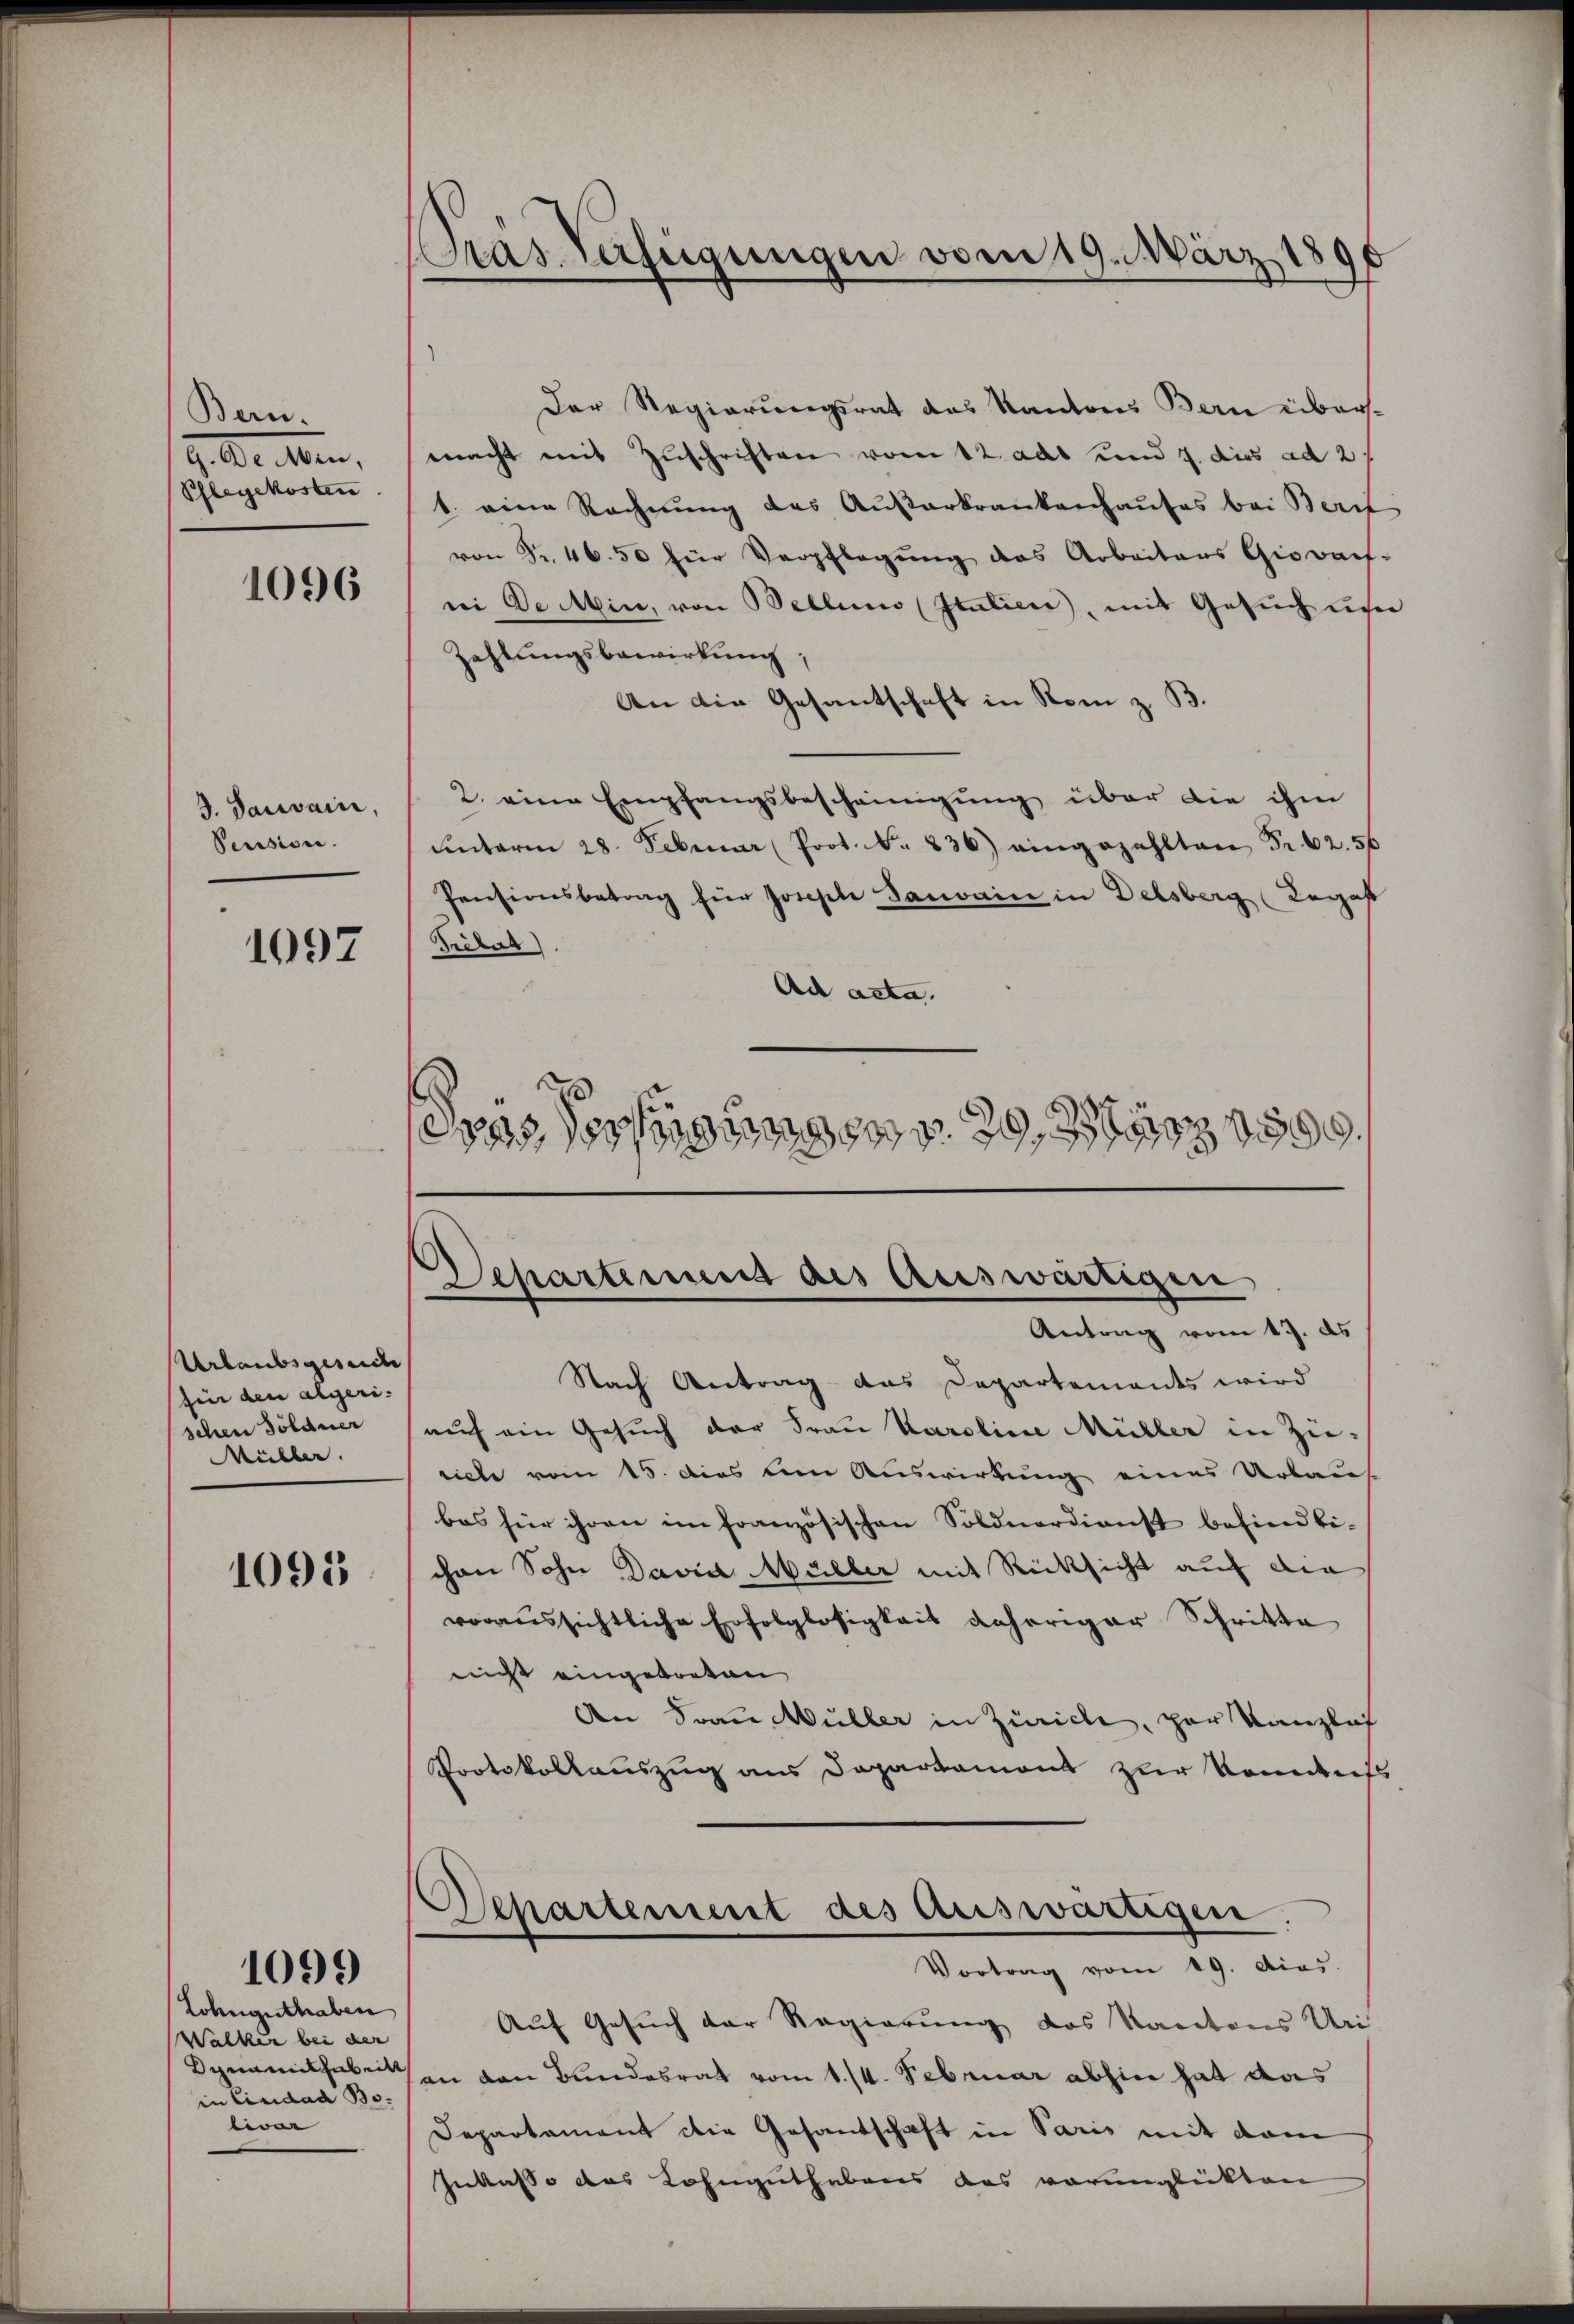
Bern.
g. Dr. Aben
Pflegekosten

1096

3. Janvain,
Pensione.

1097

Urlaubsgesuche
fin den algeri.
schen Söldner
Müller.

1095

Lohnguthaben
Walker bei der
Dynamitarbeit
in Cinidad Bo-
liver

1099

Gras Verfügungen vom 19. März 1890

Der Regierungsrat des Kantons Bern übersmacht mit Zuschriften vom 12. das und 7. dies ad 2 f
1. eine Rechnung des Ausarkrankenhauses bei Beri
von Fr. 46. 50 für Verpflegŭng des Arbeitens Giovan-
ni De Min, von Bellino (Italien, mit Gesuch un
Zahlungsbewirkung;
An die Gesantschaft in Rom z. B.
2. eine Empfangsbescheinigung über die ihm
ŭnterm 28. Februar (Prot. Nr. 836) eingezahlten Fr. 62. 56
Pensionsbetrag für Joseph Janvain in Delsberg (Tegast
Prélat)
Ad acta.
2300 erfügungen 79, 1909.

Schartenung des Auswärtigen
Antrag vom 17. ds

Nach Antrag das Departements wird
auf ein Gesuch der Frau Karoline Müller in Zuriche vom 15. dies dem Auswirkung eines Urlauf
bas für ihren im französischen Söldnerdienst befindlichen Sohn David Müller mit Rücksicht auf die
voraussichtliche Erfolglosigkeit daheriger Schritte
nicht eingetreten
An Frau Müller in Zürich, par Kanzlis
Protokollauszug aus Departamont zur Konderts
Separtement des Auswärtigen.
Vortrag vom 19. dias.
Auf Gesuch der Regierung des Kantons Uri
an den Bundesrat vom 1./4. Februar abhin hat das
Departament die Gesantschaft in Paris mit dem
Inkasso das Lohnguthabens das verunglückten